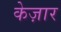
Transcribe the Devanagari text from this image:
केज़ार